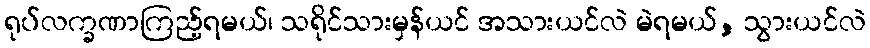
ရုပ်လက္ခဏာကြည့်ရမယ်၊ သရိုင်သားမှန်ယင် အသားယင်လဲ မဲရမယ်, သွားယင်လဲ